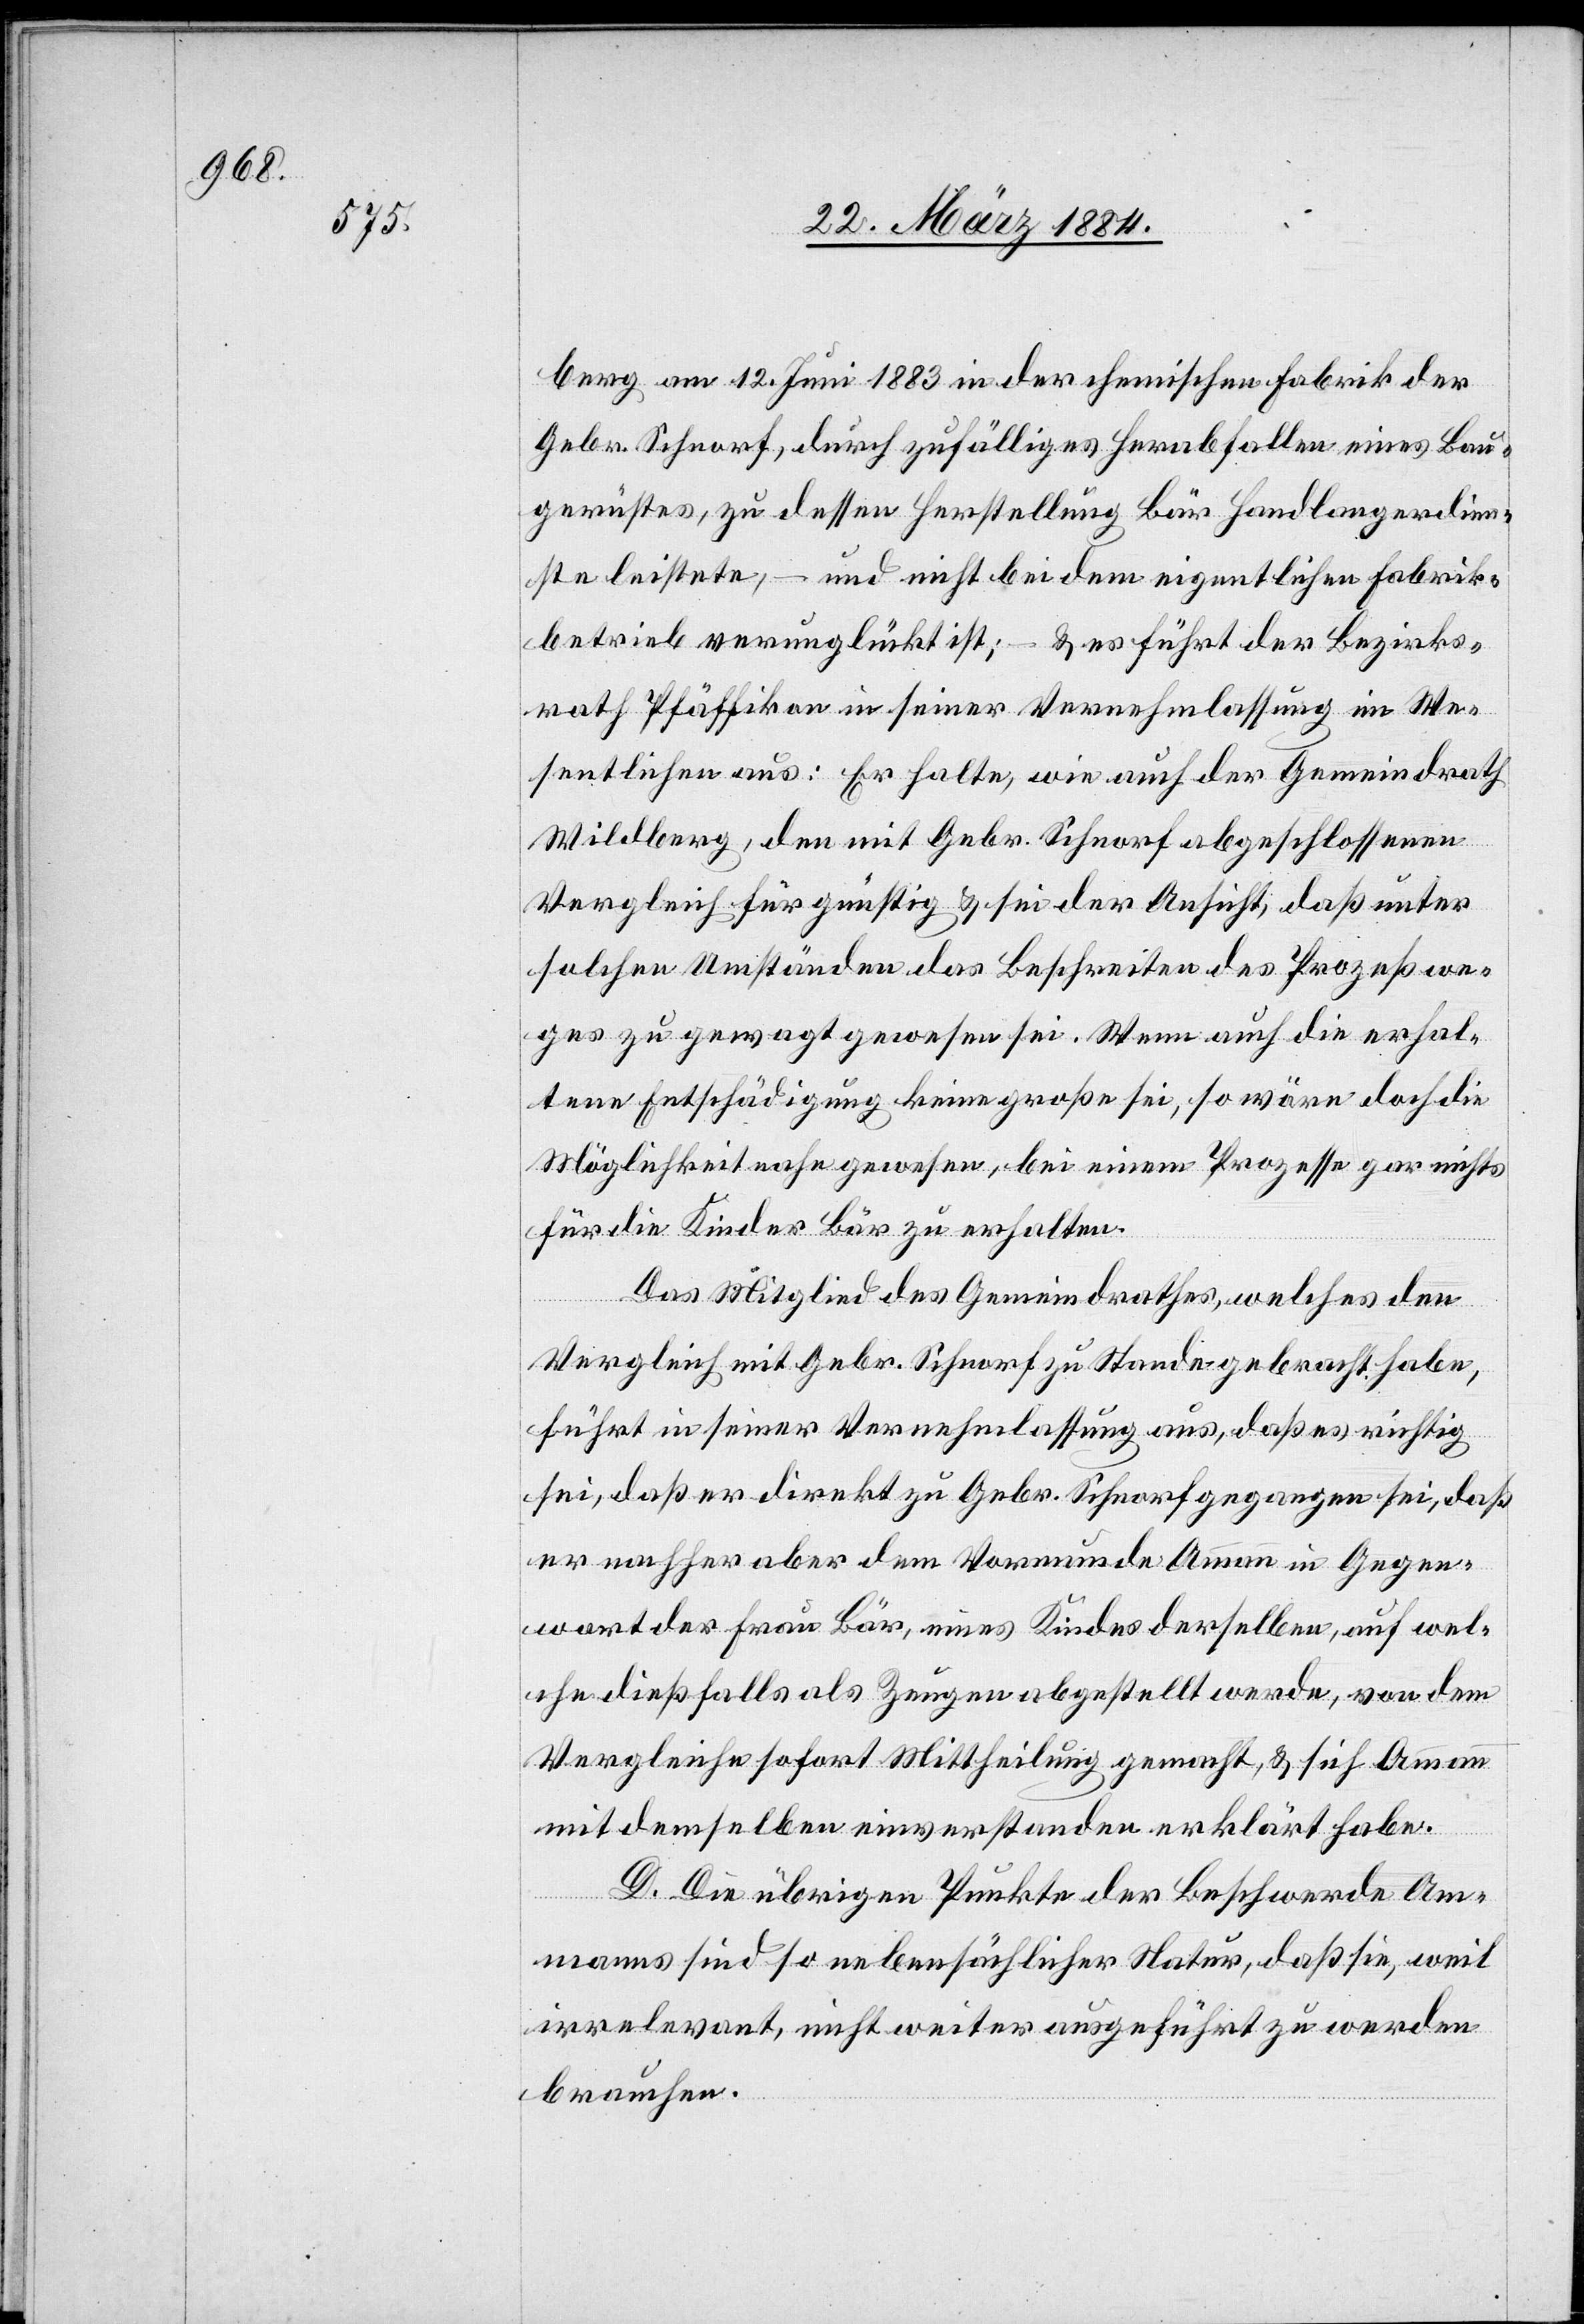
berg am 12. Juni 1883 in der chemischen Fabrik der
Gebr. Schnorf, durch zufälliges Herabfallen eines Bau¬
gerüstes, zu dessen Herstellung Bär Handlangerdien¬
ste leistete, – und nicht bei dem eigentlichen Fabrik¬
betreib verunglückt ist; – & es führt der Bezirks¬
rath Pfäffikon in seiner Vernehmlassung im We¬
sentlichen aus: Er halte, wie auch der Gemeindrath
Wildberg, den mit Gebr. Schnorf abgeschlossenen
Vergleich für günstig & sei der Ansicht, daß unter
solchen Umständen das Beschreiten des Prozeßwe¬
ges zu gewagt gewesen sei. Wenn auch die erhal¬
tene Entschädigung keine große sei, so wäre doch die
Möglichkeit nahe gewesen, bei einem Prozesse gar nichts
für die Kinder Bär zu erhalten.
Das Mitglied des Gemeindrathes, welches den
Vergleich mit Gebr. Schnorf zu Stande gebracht habe,
führt in seiner Vernehmlassung aus, daß es richtig
sei, daß er direkt zu Gebr. Schnorf gegangen sei, daß
er nachher aber dem Vormunde Ammann in Gegen¬
wart der Frau Bär, eines Kindes derselben, auf wel¬
che dießfalls als Zeugen abgestellt werde, von dem
Vergleiche sofort Mittheilung gemacht, & sich Ammann
mit demselben einverstanden erklärt habe.
D. Die übrigen Punkte der Beschwerde Am¬
manns sind so nebensächlicher Natur, daß sie, weil
irrelevant, nicht weiter ausgeführt zu werden
brauchen.